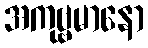
အကုဗ္ဗမာနော